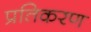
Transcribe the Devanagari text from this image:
प्रतिकरण